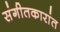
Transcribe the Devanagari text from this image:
संगीतकारांत